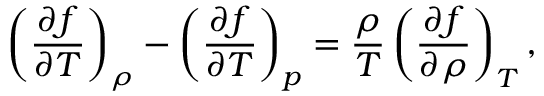
\left( \frac { \partial f } { \partial T } \right) _ { \rho } - \left( \frac { \partial f } { \partial T } \right) _ { p } = \frac { \rho } { T } \left( \frac { \partial f } { \partial \rho } \right) _ { T } ,